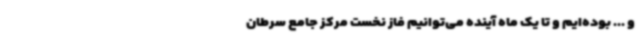
و ... بوده‌ایم و تا یک ماه آینده می‌توانیم فاز نخست مرکز جامع سرطان